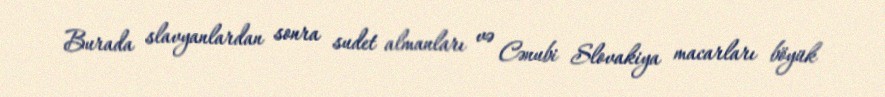
Burada slavyanlardan sonra sudet almanları və Cənubi Slovakiya macarları böyük